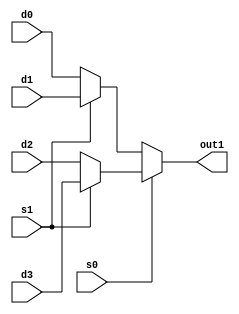
`timescale 1ns / 1ps
//////////////////////////////////////////////////////////////////////////////////
// Company: 
// Engineer: 
// 
// Design Name: 
// Module Name: mux_4to1
// Project Name: 
// Target Devices: 
// Tool Versions: 
// Description: 
// 
// Dependencies: 
// 
// Revision:
// Revision 0.01 - File Created
// Additional Comments:
// 
//////////////////////////////////////////////////////////////////////////////////


module mux_4to1
    ( s0,
      s1,
      d0,
      d1,
      d2,
      d3,
      out1
    );

    input  s0;
    input  s1;
    input  d0;
    input  d1;
    input  d2;
    input  d3;
    output out1;
    
    // Design implementation
    // Continuous assignments used to model combinational logic.

    // if input s0 is '1' then see expression ( s1 ? d3:d2 ) else ( s1 ? d1:d0 ),
    // if s1 if 'high' then out1 is equal to d3, else d2.
    assign out1 = s0 ? ( s1 ? d3:d2 ):( s1 ? d1:d0 );
    
    
endmodule
    
//--------------------------------------
//    reg out1;

//    always @( s1 or s0 ) 
//      begin
    
//        if((s0==0)&(s1==0))
//            out1 = d0;
//         else ...

//    end
//endmodule
//---------------------------------------
/*     
    reg out1;

    always @(*) 
    begin
      case({s1, s0})
        2'b00: out1 = d0;
        2'b01: out1 = d1;
        2'b10: out1 = d2;
        2'b11: out1 = d3;
      endcase
    end
endmodule
*/